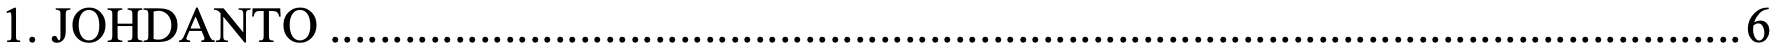
1. JOHDANTO ................................................................................................................. 6